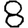
Digit: 8